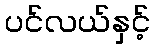
ပင်လယ်နှင့်